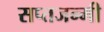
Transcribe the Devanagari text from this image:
सप्तजन्मी